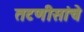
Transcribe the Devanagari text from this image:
तटणीसांचे